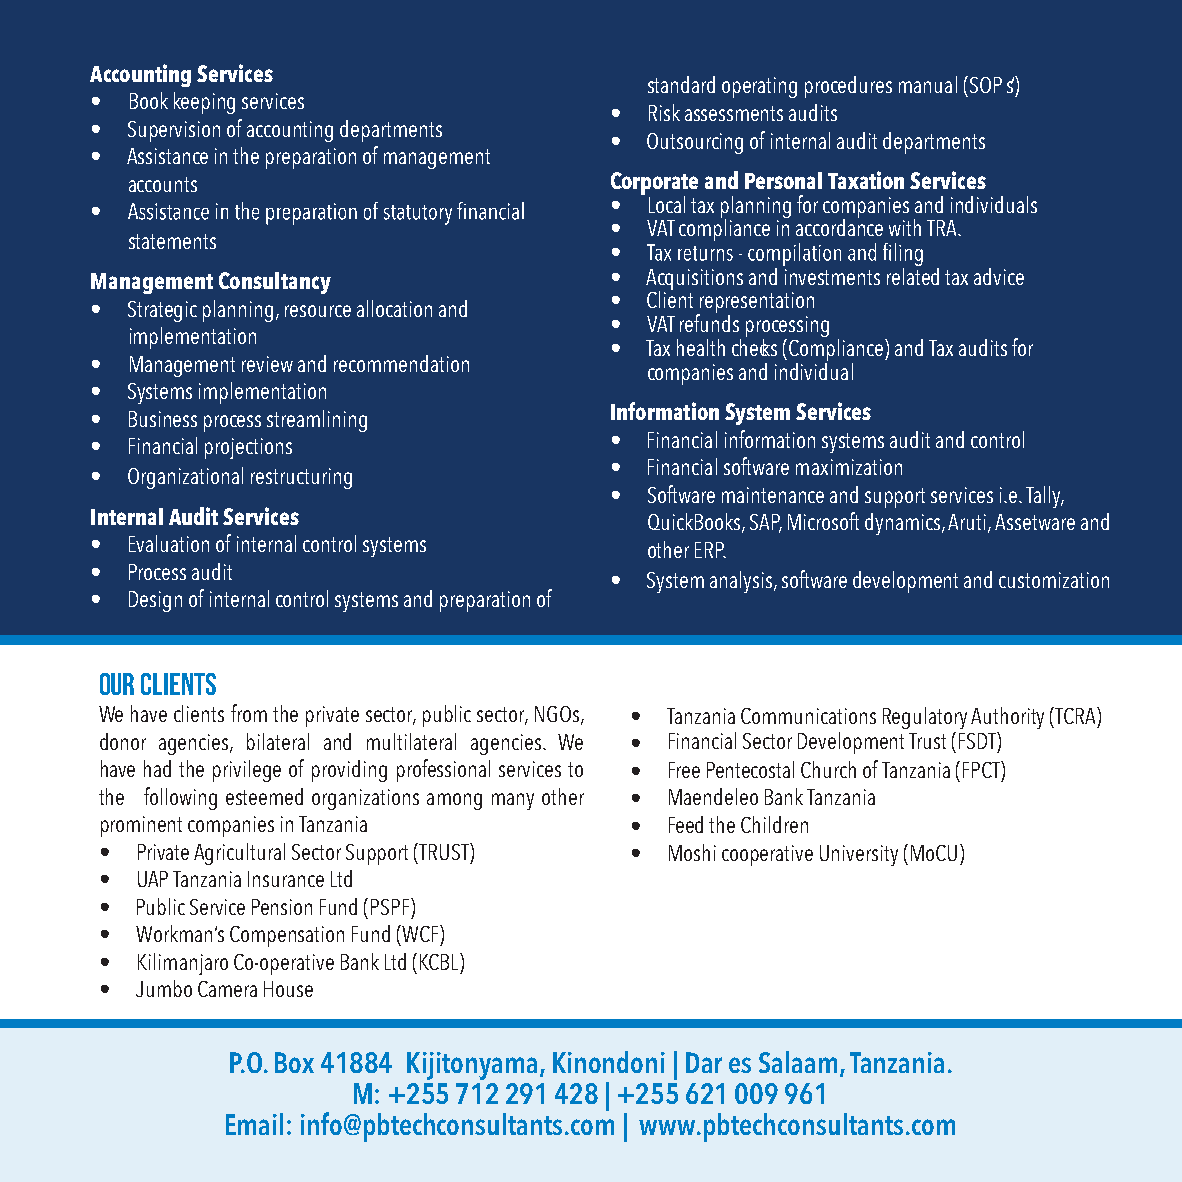
Accounting Services
 standard operating procedures manual (SOPs’)
 • Book keeping services
 •  Risk assessments audits
 • Supervision of accounting departments
 •  Outsourcing of internal audit departments
 • Assistance in the preparation of management
 accounts                        Corporate and Personal Taxation Services
 •  Local tax planning for companies and individuals
 •
 •  VAT compliance in accordance with TRA.
 statements
 •
 Management Consultancy            •  Acquisitions and investments related tax advice
 •  Client representation
 • Strategic planning, resource allocation and
 •  VAT refunds processing
 implementation
 •  Tax health checks (Compliance) and Tax audits for
 • Management review and recommendation
 companies and individual
 • Systems implementation
 Information System Services
 • Business process streamlining
 •  Financial information systems audit and control
 • Financial projections
 •  Financial software maximization
 • Organizational restructuring
 •  Software maintenance and support services i.e. Tally,
 Internal Audit Services              QuickBooks, SAP, Microsoft dynamics, Aruti, Assetware and
 • Evaluation of internal control systems other ERP.
 • Process audit
 •  System analysis, software development and customization
 • Design of internal control systems and preparation of
 Our Clients
 We have clients from the private sector, public sector, NGOs, • Tanzania Communications Regulatory Authority (TCRA)
 donor agencies, bilateral and multilateral agencies. We • Financial Sector Development Trust (FSDT)
 have had the privilege of providing professional services to • Free Pentecostal Church of Tanzania (FPCT)
 the following esteemed organizations among many other • Maendeleo Bank Tanzania
 prominent companies in Tanzania    • Feed the Children
 • Private Agricultural Sector Support (TRUST) • Moshi cooperative University (MoCU)
 • UAP Tanzania Insurance Ltd
 • Public Service Pension Fund (PSPF)
 • Workman’s Compensation Fund (WCF)
 • Kilimanjaro Co-operative Bank Ltd (KCBL)
 • Jumbo Camera House
 P.O. Box 41884 Kijitonyama, Kinondoni | Dar es Salaam, Tanzania.
 M: +255 712 291 428 | +255 621 009 961
 Email: info@pbtechconsultants.com | www.pbtechconsultants.com